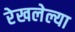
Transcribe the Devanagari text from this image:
रेखलेल्या